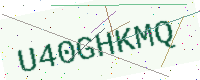
Text: U40GHKMQ